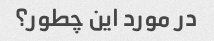
در مورد این چطور؟